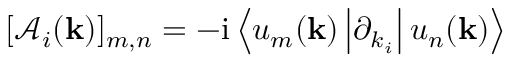
[ \mathcal { A } _ { i } ( { \bf k } ) ] _ { m , n } = - \mathrm { i } \left< u _ { m } ( { \bf k } ) \vphantom { \partial _ { k _ { i } } } \vphantom { u _ { n } ( { \bf k } ) } \left| \partial _ { k _ { i } } \vphantom { u _ { m } ( { \bf k } ) } \vphantom { u _ { n } ( { \bf k } ) } \right| u _ { n } ( { \bf k } ) \vphantom { u _ { m } ( { \bf k } ) } \vphantom { \partial _ { k _ { i } } } \right>